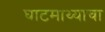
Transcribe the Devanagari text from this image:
घाटमाथ्याचा